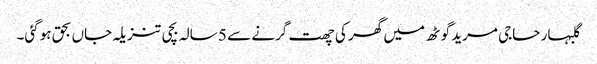
گلبہار حاجی مرید گوٹھ میں گھر کی چھت گرنے سے 5 سالہ بچی تنزیلہ جاں بحق ہوگئی۔